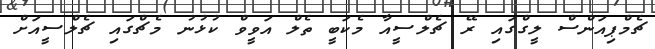
ޗެމްޕިއަންސް ލީގްގައި ރޭ ޗެލްސީއާ މެކަބީ ތެލް އަވީވް ކުޅުނު މެޗްގައި ޗެލްސީއަށް